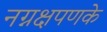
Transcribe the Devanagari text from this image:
नग्नक्षपणके